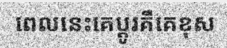
ពេលនេះគេប្តូរគឺគេខុស